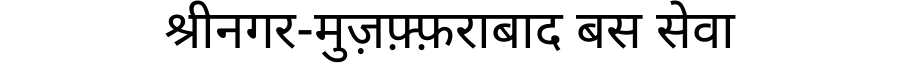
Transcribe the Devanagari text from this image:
श्रीनगर-मुज़फ़्फ़राबाद बस सेवा